Report on sanitation, dispensaries, and jails in Rajputana for 1920, and on vaccination for the year 1920-1921 - 1920-1921
Year: 1920
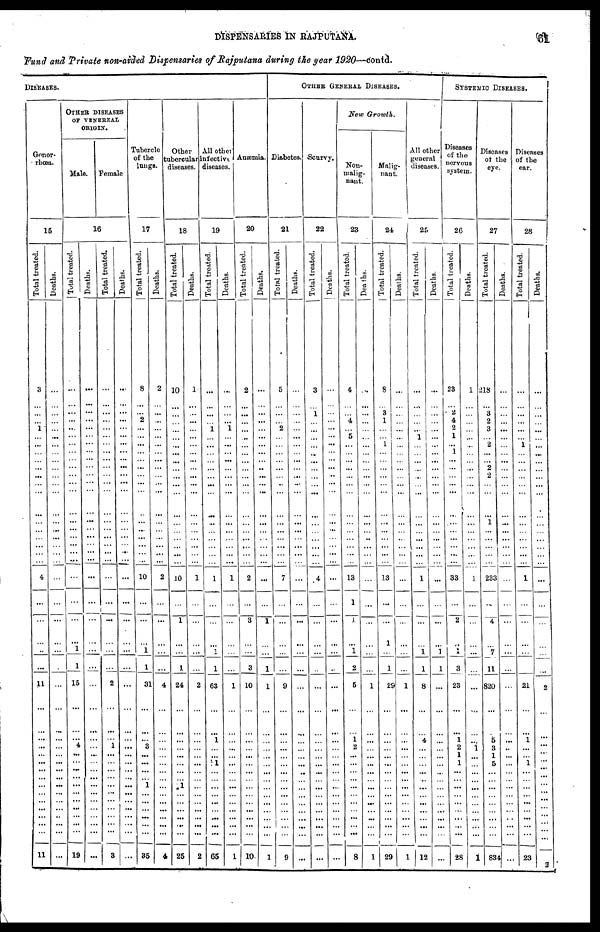
DISPENSARIES IN RAJPUTANA.
61
Fund and Private non-aided Dispensaries of Rajputana during the year 1920—contd.
DISEASES.
Genor¬
rhœa.
15
Total treated.
...
3
...
...
...
1
...
...
...
...
...
...
... ...
...
...
...
...
...
...
...
4
...
...
...
...
...
11
...
...
...
...
...
...
...
...
...
...
...
...
...
...
...
11
Deaths.
...
...
...
...
...
...
...
...
...
...
...
...
...
...
...
...
...
...
...
...
...
...
...
...
...
...
...
...
...
...
...
...
...
...
...
...
...
...
...
...
...
...
...
...
OTHER DISEASES
OF VENEREAL
ORIGIN.
Male. Female
16
Total treated.
...
...
...
...
...
...
...
...
...
...
...
...
...
...
...
...
...
...
...
...
...
...
...
...
...
1
1
15
...
...
... 4
...
...
...
...
...
...
...
...
...
...
...
19
Deaths.
...
...
...
...
...
...
...
...
...
...
...
...
...
...
...
...
...
...
...
...
...
...
...
...
...
...
...
...
...
...
...
...
...
...
...
...
...
...
...
...
...
...
...
...
Total treated.
...
...
...
...
...
...
...
...
...
...
...
...
...
...
...
...
...
...
...
...
...
...
...
...
...
...
...
2
...
...
...
1
...
...
...
... ...
...
...
...
...
...
...
8
Deaths.
...
...
...
...
...
...
...
...
...
...
...
...
...
...
...
...
...
...
...
...
...
...
...
...
...
...
...
...
...
...
...
...
...
...
...
...
...
...
...
...
...
...
...
...
Tubercle
of the
lungs.
17
Total treated.
...
8
...
... 2
...
...
...
...
...
...
...
...
...
...
...
...
...
...
...
...
10
...
...
...
1
1
31
...
...
... 3
...
...
...
... 1
...
...
...
...
...
...
35
Deaths.
...
2
...
...
...
...
...
...
...
...
...
...
...
...
...
...
...
...
...
...
...
2
...
...
...
...
...
4
...
...
...
...
...
...
...
... ...
...
...
...
...
...
...
4
Other
tubercular
dieases.
18
Total treated.
...
10
...
...
...
...
...
...
...
...
...
...
...
...
...
...
...
...
...
...
...
10
...
1
...
...
1
24
...
...
...
...
...
...
...
...
1
...
...
...
...
...
...
25
Deaths.
...
1
...
...
...
...
...
...
...
...
...
...
...
...
...
...
...
...
...
...
...
1
...
...
...
...
...
2
...
...
...
...
...
...
...
...
...
...
...
...
...
...
...
2
All other
infective
diseases.
19
Total treated.
...
...
...
...
...
1
...
...
...
...
...
...
...
...
...
...
...
...
...
...
...
1
...
...
...
1
1
63
...
...
1
...
... 1
...
... ...
...
...
...
...
...
...
65
Deaths.
...
...
...
...
...
1
...
...
...
...
...
...
...
...
...
...
...
...
...
...
...
1
...
...
...
...
...
1
...
...
...
...
...
...
...
... ...
...
...
...
...
...
...
1
Anæmia.
20
Total treated.
...
2
...
...
...
...
...
...
...
...
...
...
...
...
...
...
...
...
...
...
...
2
...
3
...
...
3
10
...
...
...
...
...
...
...
...
...
...
...
...
...
...
...
10
Deaths.
...
...
...
...
...
...
...
...
...
...
...
...
...
...
...
...
...
...
...
...
...
...
...
1
...
...
1
1
...
...
...
...
...
...
...
...
...
...
...
...
...
...
...
1
OTHER GENERAL DISEASES.
Diabetes.
21
Total treated.
...
5
...
...
...
2
...
...
...
...
...
...
..
...
...
...
...
...
...
...
...
7
...
...
...
...
...
9
...
...
...
...
...
...
...
... ...
...
...
...
...
...
...
9
Deaths.
...
...
...
...
...
...
...
...
...
...
...
...
...
...
...
...
...
...
...
...
...
...
...
...
...
...
...
...
...
...
...
...
...
...
...
...
...
...
...
...
...
...
...
...
Scurvy.
22
Total treated.
...
3
...
1
...
...
...
...
...
...
...
...
...
...
...
...
...
...
...
...
...
4
...
...
...
...
...
...
...
...
...
...
...
...
...
...
...
...
...
...
...
...
...
...
Deaths.
...
...
...
...
...
...
...
...
...
...
...
...
...
...
...
...
...
...
...
...
...
...
...
...
...
...
...
...
...
...
...
...
...
...
...
... ...
...
...
...
...
...
...
...
New Growth.
Non¬
malig¬
nant.
23
Total treated.
...
4
...
... 4
...
5
...
...
...
...
...
...
...
...
...
...
...
...
...
...
13
1
1
...
1
2
5
...
...
1 2
...
...
...
...
...
...
...
...
...
...
...
8
Deaths.
...
...
...
...
...
...
...
...
...
...
...
...
...
...
...
...
...
...
...
...
...
...
...
...
...
...
1
...
...
...
...
...
...
...
... ...
...
...
...
...
...
...
1
Malig-
nant.
24
Total treated.
...
8
...
3
1
...
...
1
...
...
...
...
...
...
...
...
...
...
...
...
...
13
...
...
1
...
1
29
...
...
...
...
...
...
...
...
...
...
...
...
...
...
...
29
Deaths.
...
...
...
...
...
...
...
...
...
...
...
...
...
...
...
...
...
...
...
...
...
...
...
...
...
...
...
1
...
...
...
...
...
...
...
...
...
...
...
...
...
...
...
1
All other
general
diseases.
25
Total treated.
...
...
...
...
...
... 1
...
...
...
...
...
...
...
...
...
...
...
...
...
...
1
...
...
...
1
1
8
...
...
4
...
...
...
...
... ...
...
...
...
...
...
...
12
Deaths.
...
...
...
...
...
...
...
...
...
...
...
...
...
...
...
...
...
...
...
...
...
...
...
...
...
1
1
...
...
...
...
...
...
...
...
...
...
...
...
...
...
...
...
...
SYSTEMIC DISEASES.
Diseases
of the
nervous
system.
26
Total treated.
...
23
...
2
4
2
1
... 1
...
...
...
...
...
...
...
...
...
...
...
...
33
...
2
...
1
3
23
...
...
1
2
1
1
...
... ...
...
...
...
...
...
...
28
Deaths.
...
1
...
...
...
...
...
...
...
...
...
...
...
...
...
...
...
...
...
...
...
1
...
...
...
...
...
...
...
...
...
1
...
...
...
...
...
...
...
...
...
...
...
1
Diseases
of the
eye.
27
Total treated.
...
218
...
3
2
3
...
2
...
...
2
2
...
...
...
1
...
...
...
...
...
233
...
4
...
7
11
820
...
...
5
3
1
5
...
...
...
...
...
...
...
...
...
834
Deaths.
...
...
...
...
...
...
...
...
...
...
...
...
...
...
...
...
...
...
...
...
...
...
...
...
...
...
...
...
...
...
...
...
...
...
...
... ...
...
...
...
...
...
...
...
Diseases
of the
ear.
28
Total treated.
...
...
...
...
...
...
...
1
...
...
...
...
...
...
...
...
...
...
...
...
...
1
...
...
...
...
...
21
...
...
1
...
...
1
...
...
...
...
...
...
...
...
...
23
Deaths.
...
...
...
...
...
...
...
...
...
...
...
...
...
...
...
...
...
...
...
...
...
...
...
...
...
...
...
2
...
...
...
...
...
...
...
...
...
...
...
...
...
...
...
2